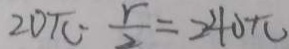
2 0 \pi - \frac { r } { 2 } = 2 4 0 \pi